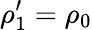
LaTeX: \rho_{1}^{\prime}=\rho_{0}